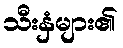
သီးနှံများ၏